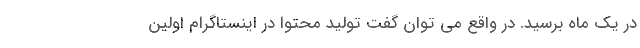
در یک ماه برسید. در واقع می توان گفت تولید محتوا در اینستاگرام اولین